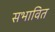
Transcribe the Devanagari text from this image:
सभावित